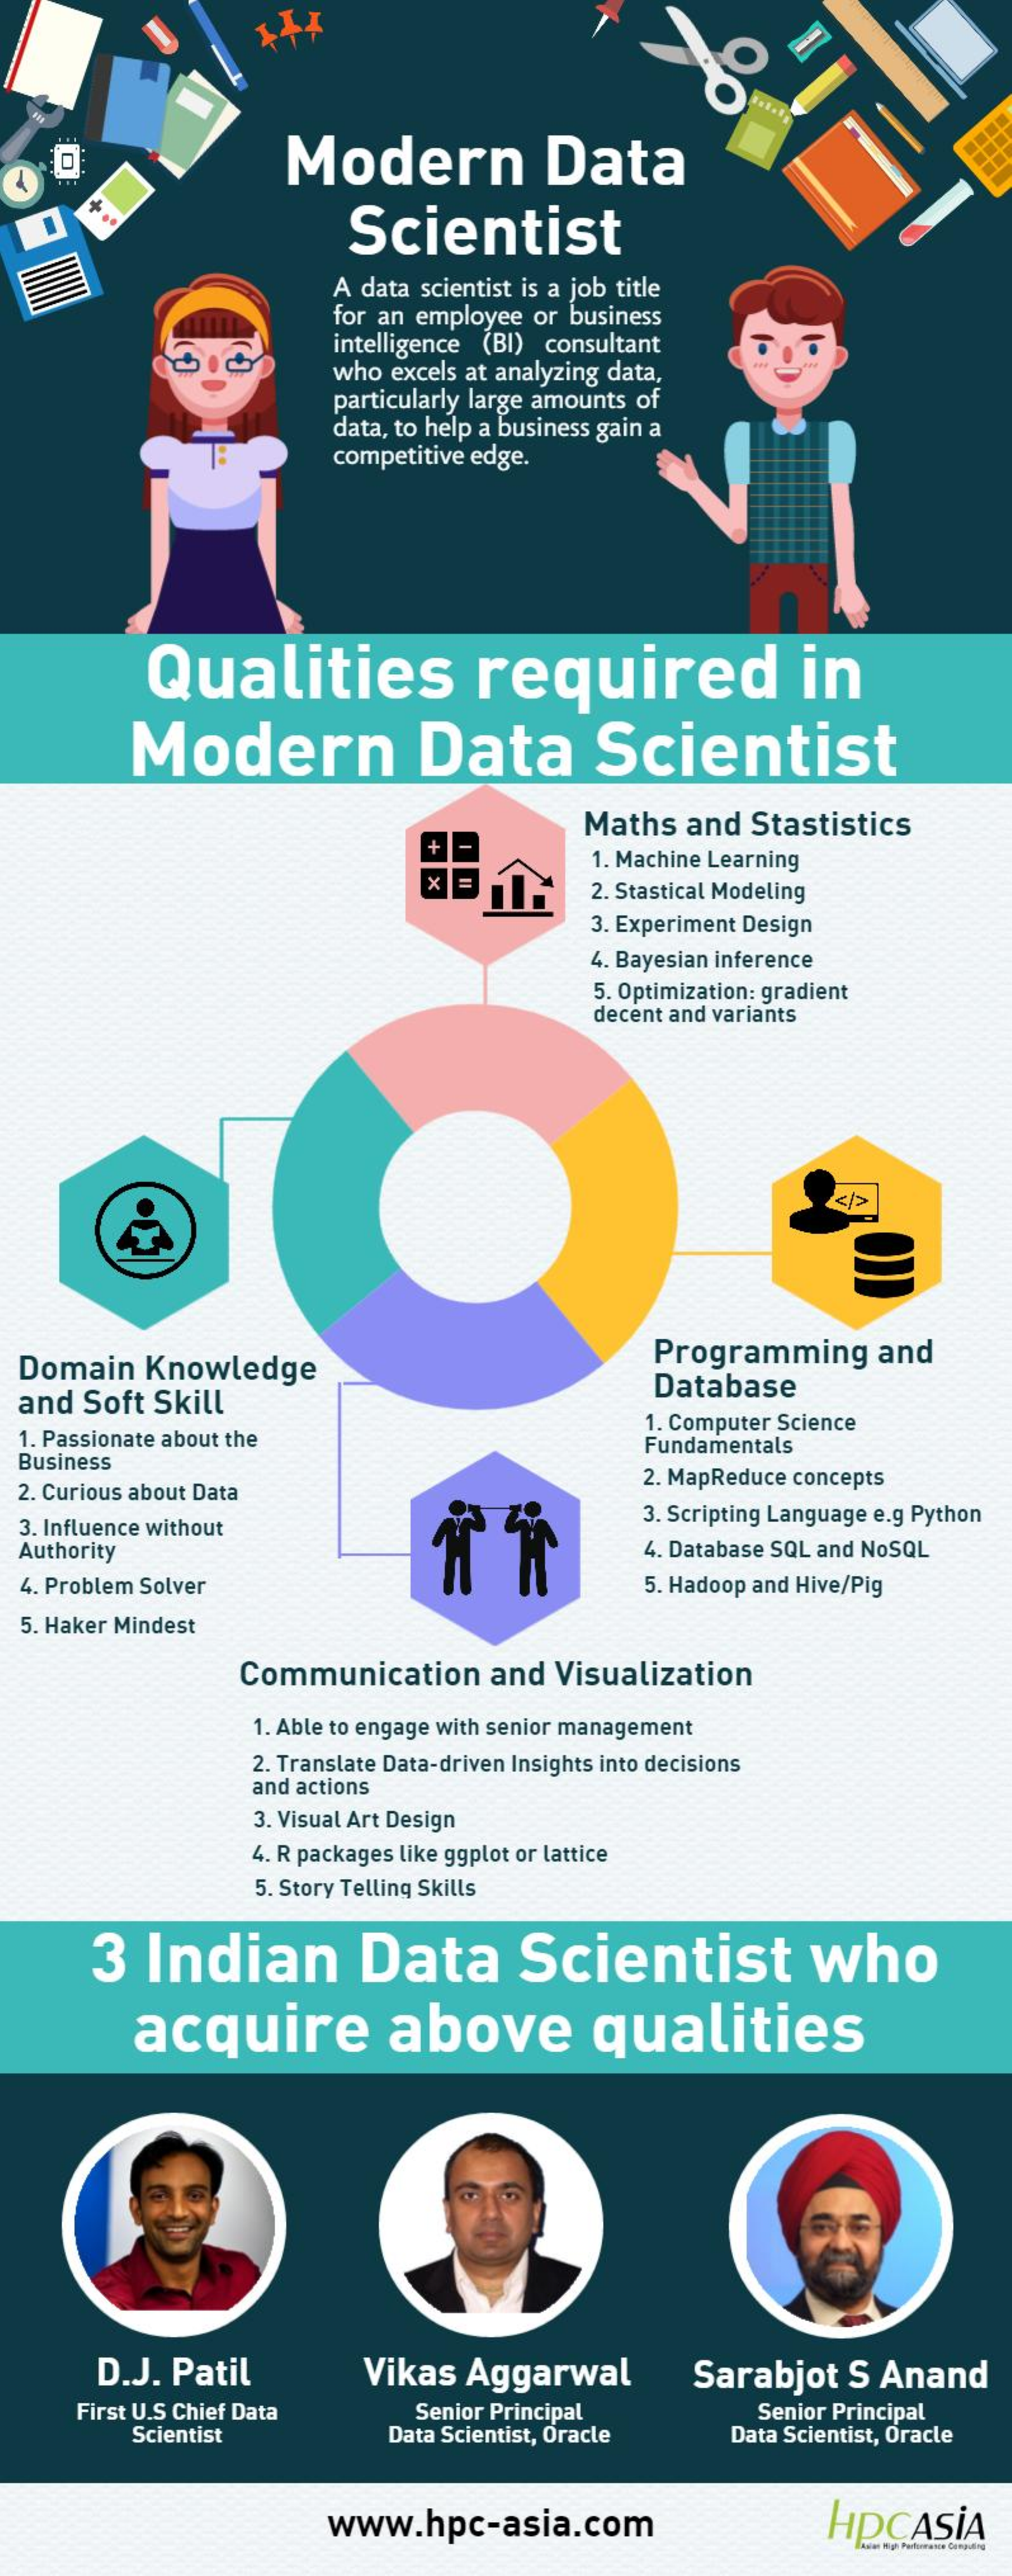
Modern    Data
     Scientist
     A data scientist is a job title
     for an employee   or business
     intelligence (BI)  consultant
     who  excels at analyzing data,
     particularly large amounts of
     data, to help a business gain a
     competitive edge.
     Qualities    required    in
     Modern    Data    Scientist
     Maths   and   Stastistics
     +
     X
     1. Machine Learning
     2. Stastical Modeling
     3. Experiment Design
     4. Bayesian inference
     5. Optimization: gradient
     decent and variants
     </>
  Domain    Knowledge    Programming    and
  and  Soft   Skill
     Database
  1. Passionate about the
     1. Computer Science
  Business
     Fundamentals
  2. Curious about Data
     2. MapReduce concepts
  3. Influence without
     3. Scripting Language e.g Python
  Authority    4. Database SQL and NoSQL
  4. Problem Solver    5. Hadoop and Hive/Pig
  5. Haker Mindest
     Communication    and   Visualization
     1. Able to engage with senior management
     2. Translate Data-driven Insights into decisions
     and actions
     3. Visual Art Design
     4. R packages like ggplot or lattice
     5. Story Telling Skills
     3   Indian    Data    Scientist    who
     acquire    above    qualities
     D.J.  Patil    Vikas    Aggarwal    Sarabjot    S  Anand
     First U.S Chief Data    Senior Principal
     Scientist    Data Scientist, Oracle
     Senior Principal
     Data Scientist, Oracle
     www.hpc-asia.com    HPCASİA